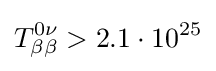
T_{\beta \beta }^{0\nu }>2.1\cdot 10^{25}